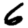
Digit: 6